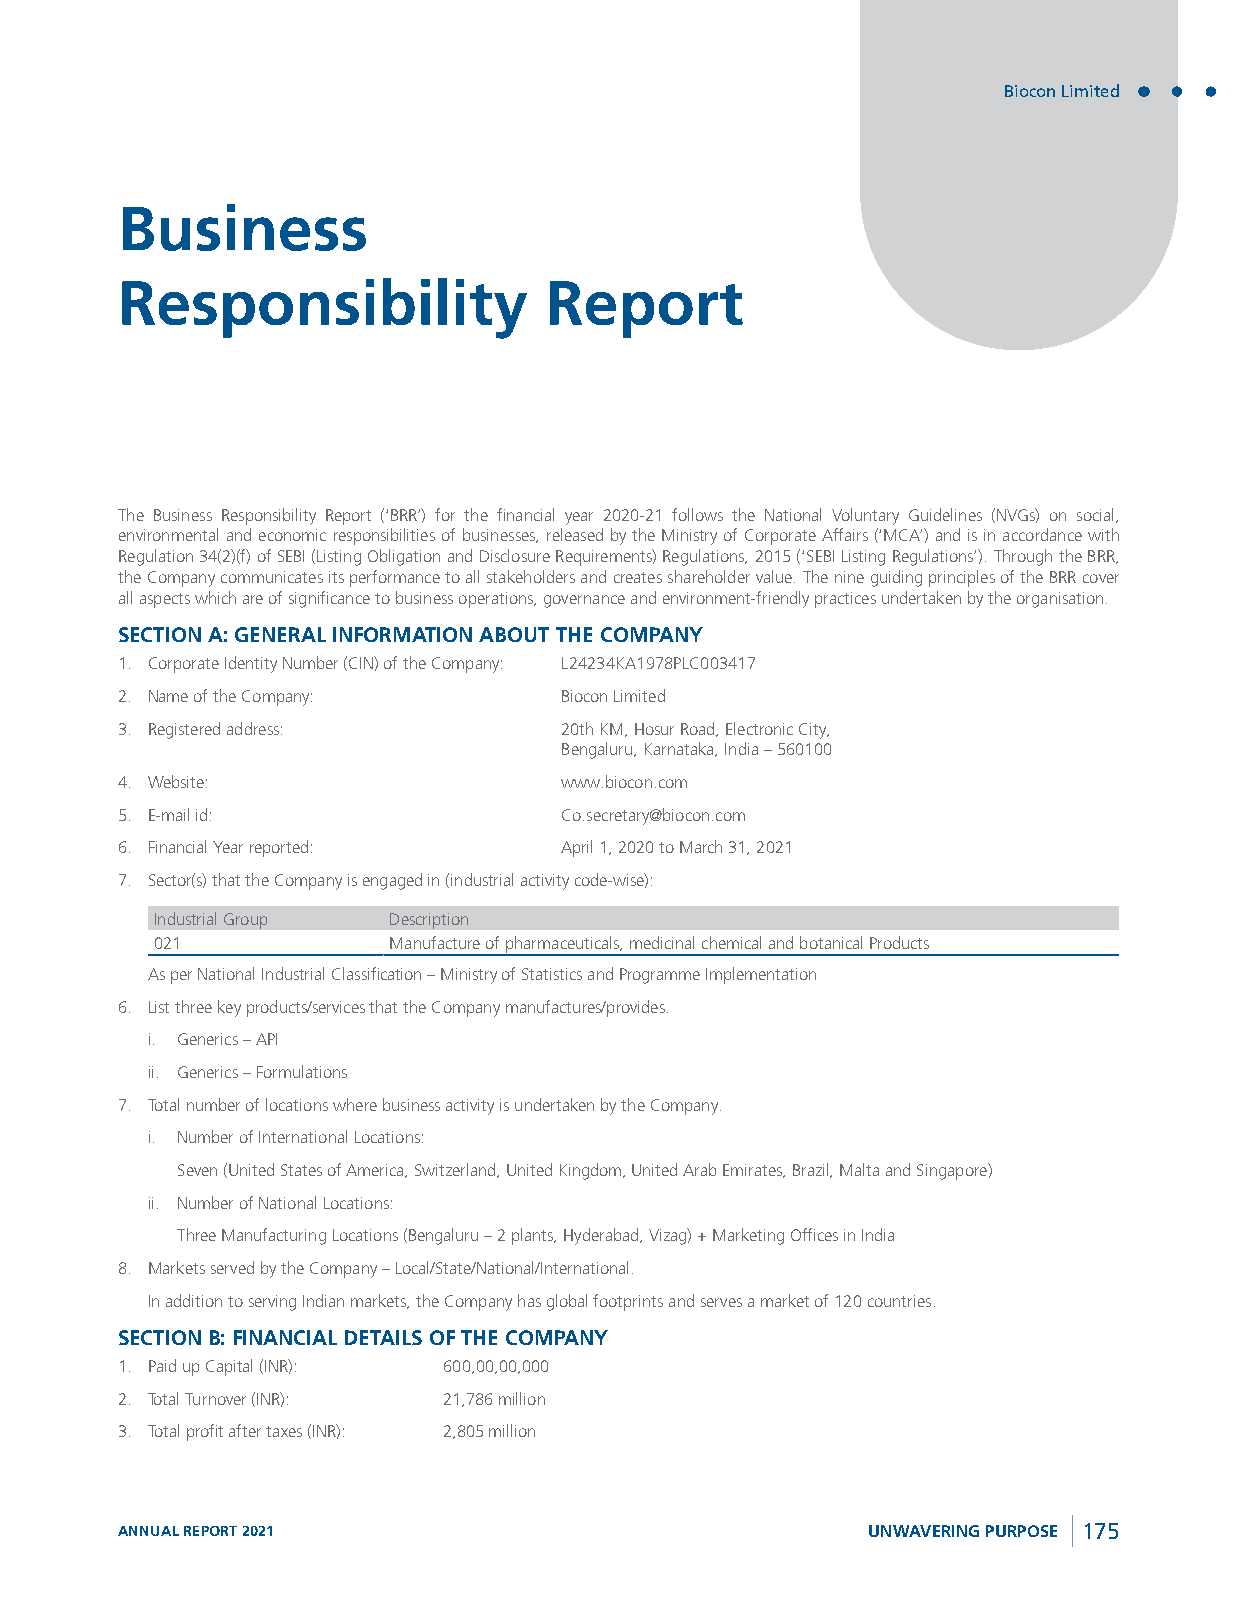
Biocon Limited
 Business
 Responsibility              Report
 The Business Responsibility Report (‘BRR’) for the financial year 2020-21 follows the National Voluntary Guidelines (NVGs) on social,
 environmental and economic responsibilities of businesses, released by the Ministry of Corporate Affairs (‘MCA’) and is in accordance with
 Regulation 34(2)(f) of SEBI (Listing Obligation and Disclosure Requirements) Regulations, 2015 (‘SEBI Listing Regulations’). Through the BRR,
 the Company communicates its performance to all stakeholders and creates shareholder value. The nine guiding principles of the BRR cover
 all aspects which are of significance to business operations, governance and environment-friendly practices undertaken by the organisation.
 SECTION A: GENERAL INFORMATION ABOUT THE COMPANY
 1. Corporate Identity Number (CIN) of the Company: L24234KA1978PLC003417
 2. Name of the Company:      Biocon Limited
 3. Registered address:       20th KM, Hosur Road, Electronic City,
 Bengaluru, Karnataka, India – 560100
 4. Website:                  www.biocon.com
 5. E-mail id:                Co.secretary@biocon.com
 6. Financial Year reported:  April 1, 2020 to March 31, 2021
 7. Sector(s) that the Company is engaged in (industrial activity code-wise):
 Industrial Group Description
 021             Manufacture of pharmaceuticals, medicinal chemical and botanical Products
 As per National Industrial Classification – Ministry of Statistics and Programme Implementation
 6. List three key products/services that the Company manufactures/provides.
 i. Generics – API
 ii. Generics – Formulations
 7. Total number of locations where business activity is undertaken by the Company.
 i. Number of International Locations:
 Seven (United States of America, Switzerland, United Kingdom, United Arab Emirates, Brazil, Malta and Singapore)
 ii. Number of National Locations:
 Three Manufacturing Locations (Bengaluru – 2 plants, Hyderabad, Vizag) + Marketing Offices in India
 8. Markets served by the Company – Local/State/National/International.
 In addition to serving Indian markets, the Company has global footprints and serves a market of 120 countries.
 SECTION B: FINANCIAL DETAILS OF THE COMPANY
 1. Paid up Capital (INR): 600,00,00,000
 2. Total Turnover (INR): 21,786 million
 3. Total profit after taxes (INR): 2,805 million
 ANNUAL REPORT 2021                               UNWAVERING PURPOSE 175